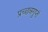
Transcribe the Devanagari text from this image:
प्रच्छन्नगुप्तं